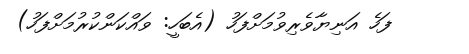
ފަހެ އަނިޔާވެރިވުމަށްފަހު (އެބަހީ: ވައްކަންކުރުމަށްފަހު)